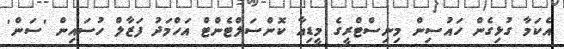
އެކަމާ ގުޅިގެން ހައުސިން މިނިސްޓްރީގެ މީޑިއާ ކޮންސަލްޓެންޓް އަހްމަދު ފަޒާލް ހުސައިން 'ސަން'